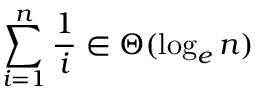
\sum _ { i = 1 } ^ { n } { \frac { 1 } { i } } \in \Theta ( \log _ { e } n )